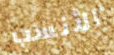
الأنسب